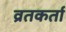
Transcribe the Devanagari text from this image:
व्रतकर्ता